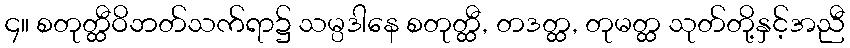
၄။ စတုတ္ထီဝိဘတ်သက်ရာ၌ သမ္ပဒါနေ စတုတ္ထီ, တဒတ္ထ, တုမတ္ထ သုတ်တို့နှင့်အညီ